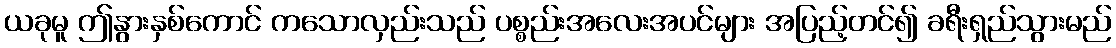
ယခုမူ ဤနွားနှစ်ကောင် ကသောလှည်းသည် ပစ္စည်းအလေးအပင်များ အပြည့်တင်၍ ခရီးရှည်သွားမည်